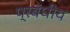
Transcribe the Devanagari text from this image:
प्रबंधीय